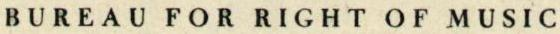
BUREAU FOR RIGHT OF MUSIC